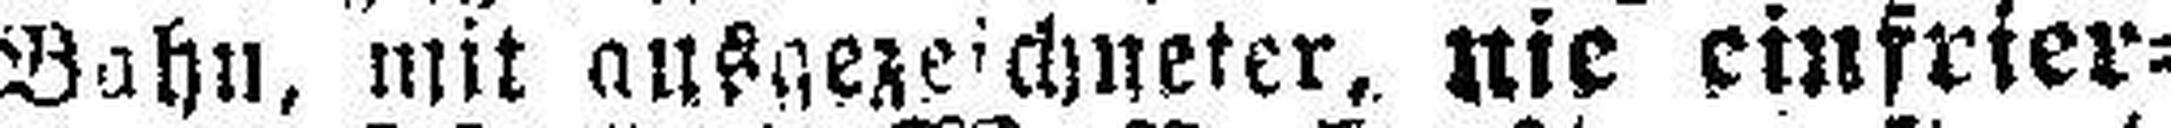
Bahn, mir ausgezeichneter, nie einfrier¬